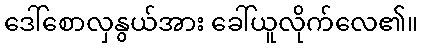
ဒေါ်စောလှနွယ်အား ခေါ်ယူလိုက်လေ၏။